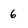
Character: 6